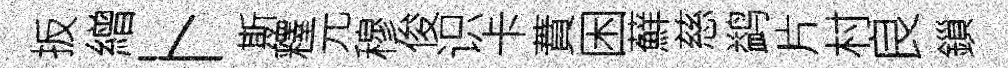
扳繒卜斯釋元穆俊识卡蕡困蘚慈鹢片村良鎻